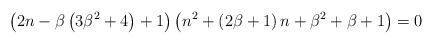
\begin{align*}\left(2n-\beta\left(3\beta^{2}+4\right)+1\right)\left(n^{2}+\left(2\beta+1\right)n+\beta^{2}+\beta+1\right)=0\end{align*}